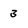
Character: 3